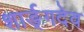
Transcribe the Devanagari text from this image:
शार्ङ्‌गदेव